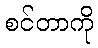
စင်တာကို